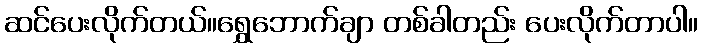
ဆင်ပေးလိုက်တယ်။ရွှေဘောက်ချာ တစ်ခါတည်း ပေးလိုက်တာပါ။